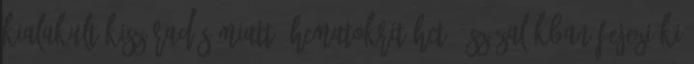
kialakult kiszáradás miatt. Hematokrit Hct : százalékban fejezi ki